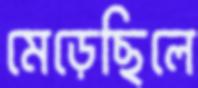
মেড়েছিলে